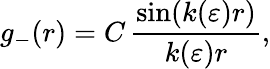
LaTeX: g_{-}(r)=C\, \frac{\sin(k(\varepsilon)r)}{k(\varepsilon)r},